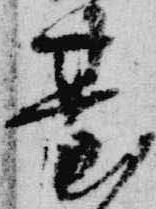
台